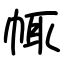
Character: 㡇